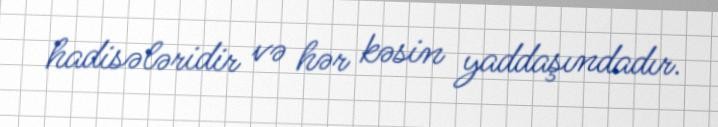
hadisələridir və hər kəsin yaddaşındadır.